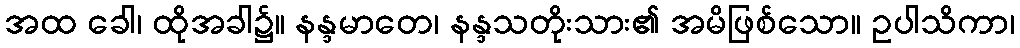
အထ ခေါ၊ ထိုအခါ၌။ နန္ဒမာတေ၊ နန္ဒသတိုးသား၏ အမိဖြစ်သော။ ဥပါသိကာ၊